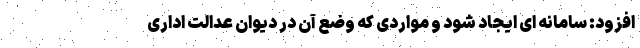
افزود: سامانه ای ایجاد شود و مواردی که وضع آن در دیوان عدالت اداری